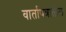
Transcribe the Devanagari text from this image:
वार्तापत्रातील